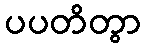
ပပတိတွာ